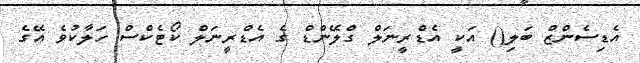
އެޑިސެންޒް ބަލި() އަކީ އެޑްރީނަލް ގްލޭންޑް ގެ އެޑްރީނަލް ކޯޓެކްސް ހަލާކުވެ އޭގެ